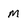
Character: M